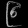
Digit: ၉